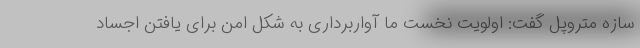
سازه متروپل گفت: اولویت نخست ما آواربرداری به شکل امن برای یافتن اجساد